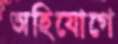
অহিযোগে